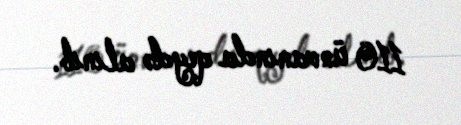
110 ünvanında qeydə alınıb.